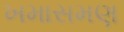
ખમાસમણ